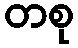
တစု